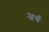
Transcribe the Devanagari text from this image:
अर्य